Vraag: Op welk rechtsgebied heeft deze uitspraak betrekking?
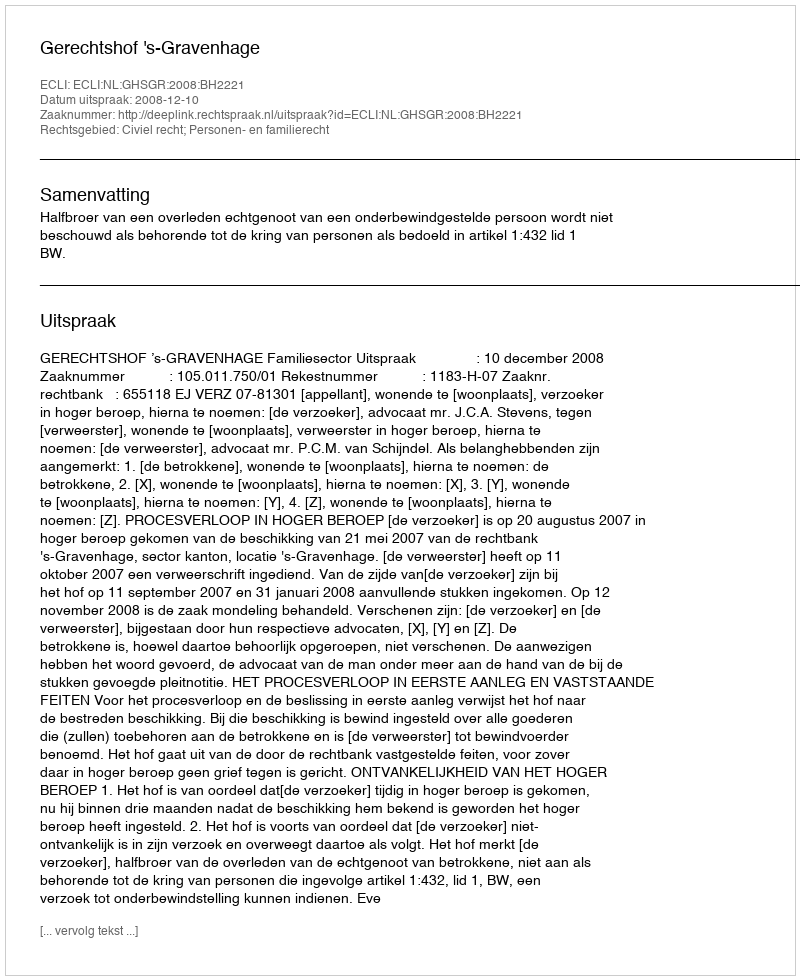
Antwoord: Civiel recht; Personen- en familierecht